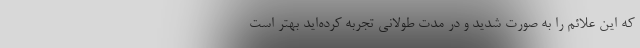
که این علائم را به صورت شدید و در مدت طولانی تجربه کرده‌اید بهتر است